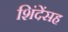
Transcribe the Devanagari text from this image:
शिंदेंसह